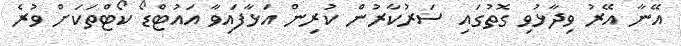
އޭނާ އޭރު ވިދާޅުވި ގޮތުގައި ސަރުކާރުން ކުރިން އަޅާފައިވާ އައުޓްޑޯ ކޯޓްތަކަށް ވުރެ